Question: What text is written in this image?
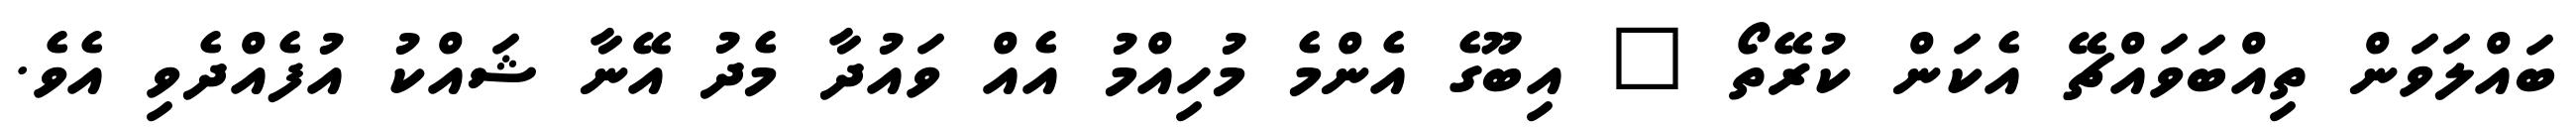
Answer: ބައްލަވަން ތިއްބަވައްޗޭ އެކަން ކުރޭތޯ " އިބޫގެ އެންމެ މުހިއްމު އެއް ވައުދާ މެދު އޭނާ ޝައްކު އުފެއްދެވި އެވެ.